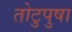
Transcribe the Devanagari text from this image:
तोटुपुषा